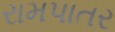
રામપાતર